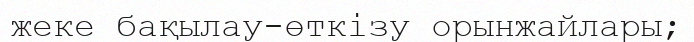
жеке бақылау-өткізу орынжайлары;